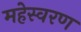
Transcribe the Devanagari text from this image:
महेस्वरण